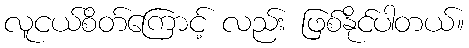
လူငယ်စိတ်ကြောင့် လည်း ဖြစ်နိုင်ပါတယ်။